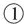
①